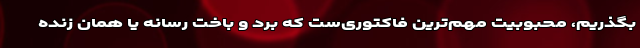
بگذریم، محبوبیت مهم‌ترین فاکتوری‌ست که برد و باخت رسانه یا همان زنده